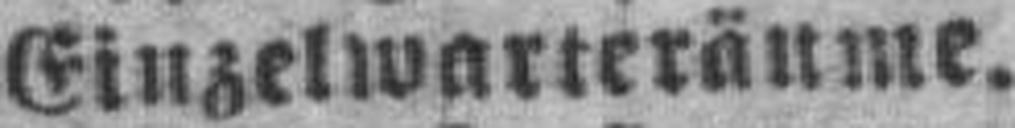
Einzelwarteräume.